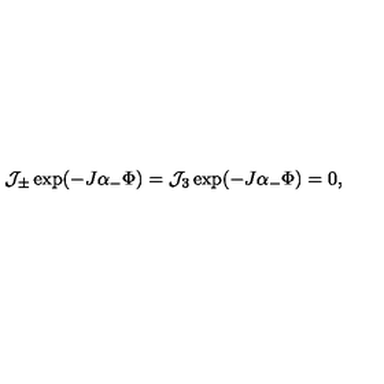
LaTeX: { \cal J } _ { \pm } \exp ( - J \alpha _ { - } \Phi ) = { \cal J } _ { 3 } \exp ( - J \alpha _ { - } \Phi ) = 0 ,